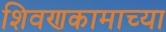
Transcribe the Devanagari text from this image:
शिवणकामाच्या